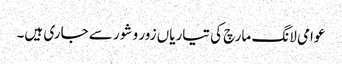
عوامی لانگ مارچ کی تیاریاں زور و شور سے جاری ہیں۔